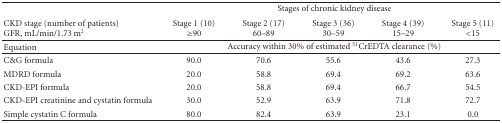
|  | <COLSPAN=5> Stages of chronic kidney disease |
 | CKD stage (number of patients)GFR, mL/min/1.73 m2 | Stage 1 (10)≥90 | Stage 2 (17)60–89 | Stage 3 (36)30–59 | Stage 4 (39)15–29 | Stage 5 (11)<15 |
 | --- | --- | --- | --- | --- | --- |
 | Equation | <COLSPAN=5> Accuracy within 30% of estimated 51CrEDTA clearance (%) |
 | C&G formula | 90.0 | 70.6 | 55.6 | 43.6 | 27.3 |
 | MDRD formula | 20.0 | 58.8 | 69.4 | 69.2 | 63.6 |
 | CKD-EPI formula | 20.0 | 58.8 | 69.4 | 66.7 | 54.5 |
 | CKD-EPI creatinine and cystatin formula | 30.0 | 52.9 | 63.9 | 71.8 | 72.7 |
 | Simple cystatin C formula | 80.0 | 82.4 | 63.9 | 23.1 | 0.0 |